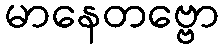
မာနေတဗ္ဗော